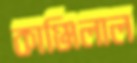
কাঞ্জিলাল